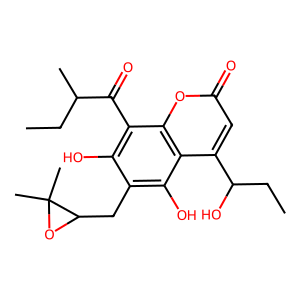
SMILES: CCC(C)C(=O)c1c(O)c(CC2OC2(C)C)c(O)c2c(C(O)CC)cc(=O)oc12
Inhibits HIV replication: No